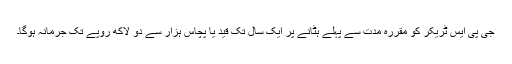
جی پی ایس ٹریکر کو مقررہ مدت سے پہلے ہٹانے پر ایک سال تک قید یا پچاس ہزار سے دو لاکھ روپے تک جرمانہ ہوگا۔